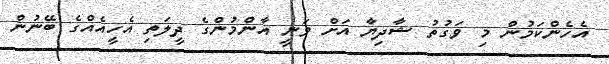
އެހެންކަމުން މި ވަގުތު ޝާދިޔާ އަށް ވަނީ އާންމުންގެ ދީލަތި އެހީއެއްގެ ބޭނުން